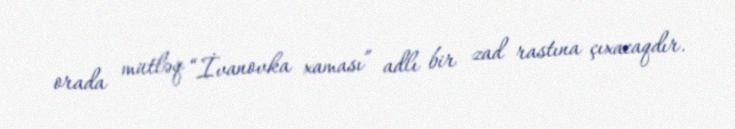
orada mütləq “İvanovka xaması” adlı bir zad rastına çıxacaqdır.